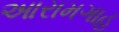
આરામગાહ